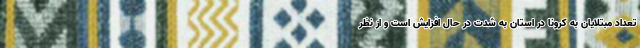
تعداد مبتلایان به کرونا در استان به شدت در حال افزایش است و از نظر